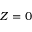
Z = 0